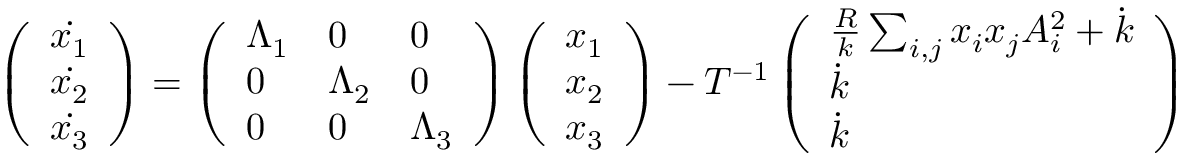
\begin{array} { r l } & { \left( \begin{array} { l } { \dot { x _ { 1 } } } \\ { \dot { x _ { 2 } } } \\ { \dot { x _ { 3 } } } \end{array} \right) = \left( \begin{array} { l l l } { \Lambda _ { 1 } } & { 0 } & { 0 } \\ { 0 } & { \Lambda _ { 2 } } & { 0 } \\ { 0 } & { 0 } & { \Lambda _ { 3 } } \end{array} \right) \left( \begin{array} { l } { x _ { 1 } } \\ { x _ { 2 } } \\ { x _ { 3 } } \end{array} \right) - T ^ { - 1 } \left( \begin{array} { l } { \frac { R } { k } \sum _ { i , j } x _ { i } x _ { j } A _ { i } ^ { 2 } + \dot { k } } \\ { \dot { k } } \\ { \dot { k } } \end{array} \right) } \end{array}